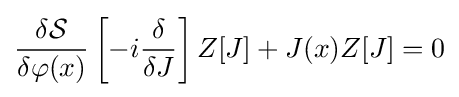
{\frac {\delta {\mathcal {S}}}{\delta \varphi (x)}}\left[-i{\frac {\delta }{\delta J}}\right]Z[J]+J(x)Z[J]=0